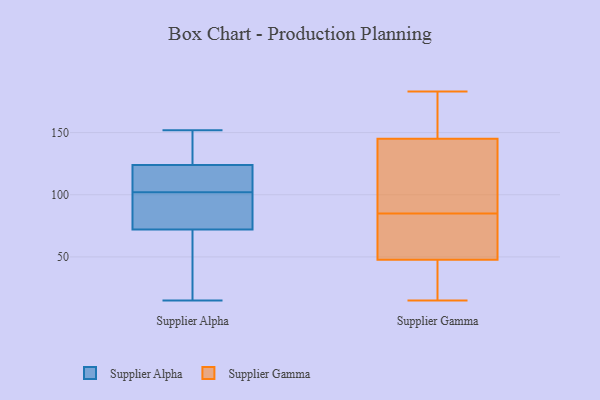
{"axis": {"x": "Operating Costs (USD K)", "y": "Value"}, "legend": ["Supplier Alpha", "Supplier Gamma"], "data": [{"x": "", "y": 152, "type": "Supplier Alpha"}, {"x": "", "y": 138, "type": "Supplier Alpha"}, {"x": "", "y": 72, "type": "Supplier Alpha"}, {"x": "", "y": 124, "type": "Supplier Alpha"}, {"x": "", "y": 120, "type": "Supplier Alpha"}, {"x": "", "y": 41, "type": "Supplier Alpha"}, {"x": "", "y": 99, "type": "Supplier Alpha"}, {"x": "", "y": 105, "type": "Supplier Alpha"}, {"x": "", "y": 15, "type": "Supplier Alpha"}, {"x": "", "y": 76, "type": "Supplier Alpha"}, {"x": "", "y": 47, "type": "Supplier Gamma"}, {"x": "", "y": 84, "type": "Supplier Gamma"}, {"x": "", "y": 41, "type": "Supplier Gamma"}, {"x": "", "y": 35, "type": "Supplier Gamma"}, {"x": "", "y": 50, "type": "Supplier Gamma"}, {"x": "", "y": 177, "type": "Supplier Gamma"}, {"x": "", "y": 102, "type": "Supplier Gamma"}, {"x": "", "y": 183, "type": "Supplier Gamma"}, {"x": "", "y": 163, "type": "Supplier Gamma"}, {"x": "", "y": 64, "type": "Supplier Gamma"}, {"x": "", "y": 173, "type": "Supplier Gamma"}, {"x": "", "y": 127, "type": "Supplier Gamma"}, {"x": "", "y": 66, "type": "Supplier Gamma"}, {"x": "", "y": 120, "type": "Supplier Gamma"}, {"x": "", "y": 92, "type": "Supplier Gamma"}, {"x": "", "y": 15, "type": "Supplier Gamma"}, {"x": "", "y": 17, "type": "Supplier Gamma"}, {"x": "", "y": 151, "type": "Supplier Gamma"}, {"x": "", "y": 85, "type": "Supplier Gamma"}]}